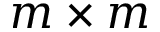
m \times m